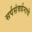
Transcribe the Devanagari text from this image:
सर्पसंवर्धनाचे